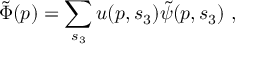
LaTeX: \tilde { \Phi } ( p ) = \sum _ { s _ { 3 } } u ( p , s _ { 3 } ) \tilde { \psi } ( p , s _ { 3 } ) \, \, , \, \, \, \, \,